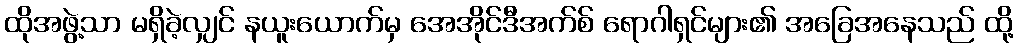
ထိုအဖွဲ့သာ မရှိခဲ့လျှင် နယူးယောက်မှ အေအိုင်ဒီအက်စ် ရောဂါရှင်များ၏ အခြေအနေသည် ထို့